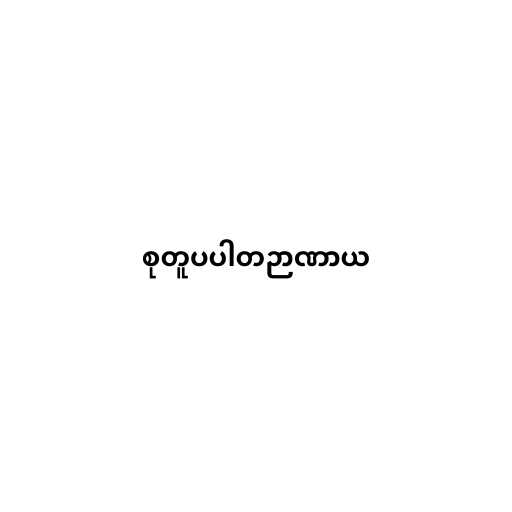
စုတူပပါတဉာဏာယ